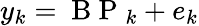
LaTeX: y_{k}=\mathrm{~B~P~}_{k}+e_{k}